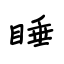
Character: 睡